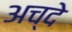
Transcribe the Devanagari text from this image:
अच्दे